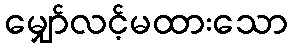
မျှော်လင့်မထားသော